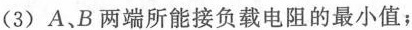
(3)A、B两端所能接负载电阻的最小值；